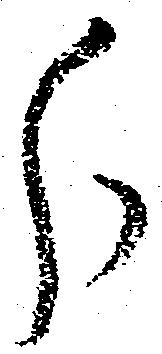
分